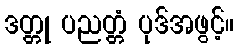
ဒတ္တု ပညတ္တံ ပုဒ်အဖွင့်။